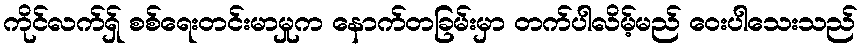
ကိုင်လက်ရှ် စစ်ရေးတင်းမာမှုက နောက်တခြမ်းမှာ တက်ပါလိမ့်မည် ဝေးပါသေးသည်